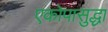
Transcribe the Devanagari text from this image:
एकोपासुद्धा